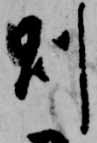
則